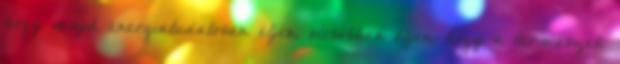
hogy majd energiatudatosan éljen, olcsóbban éljen, hogy a természeti